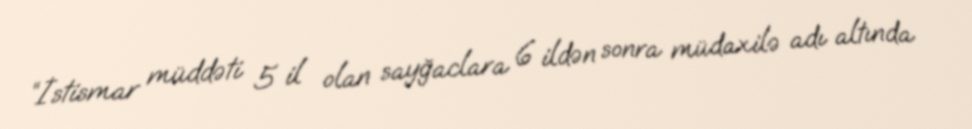
“İstismar müddəti 5 il olan sayğaclara 6 ildən sonra müdaxilə adı altında